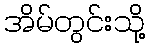
အိမ်တွင်းသို့